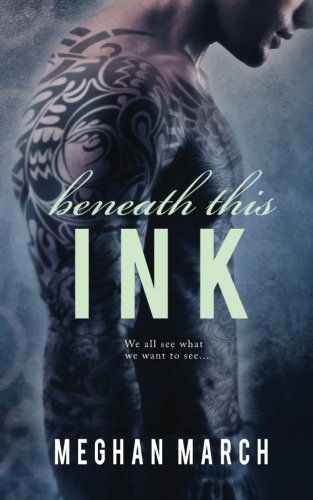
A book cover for Beneath This Ink (Volume 2); Meghan March; Romance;